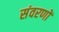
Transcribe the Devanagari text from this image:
संवरणों